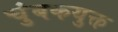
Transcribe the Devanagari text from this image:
चुंबकयुक्त